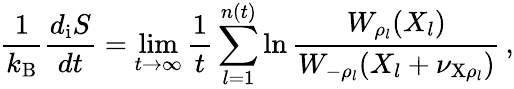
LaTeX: \frac{1}{k_{\mathrm{B}}}\frac{d_{\mathrm{i}}S}{dt}=\operatorname*{lim}_{t\to\infty}\frac{1}{t}\sum_{l=1}^{n(t)}\ln\frac{W_{\rho_{l}}(X_{l})}{W_{-\rho_{l}}(X_{l}+\nu_{\mathrm{X}\rho_{l}})}\, ,